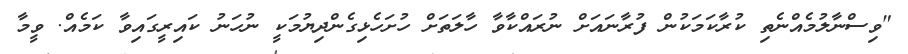
"ވިސްނާލުމެއްނެތި ކުރާކަމަކުން ފުރާނައަށް ނުރައްކާވާ ހާލަތަށް ހުށަހެޅިގެންދިޔުމަކީ ނުހަނު ކައިރީގައިވާ ކަމެއް. ވީމާ